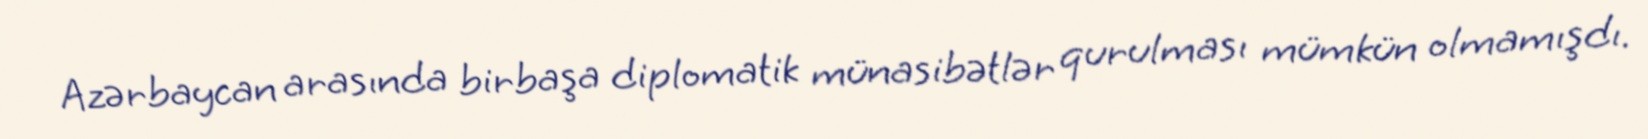
Azərbaycan arasında birbaşa diplomatik münasibətlər qurulması mümkün olmamışdı.